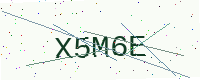
Text: X5M6E